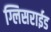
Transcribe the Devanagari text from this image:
ग्लिसराईड